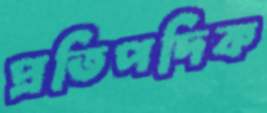
প্রতিপদিক